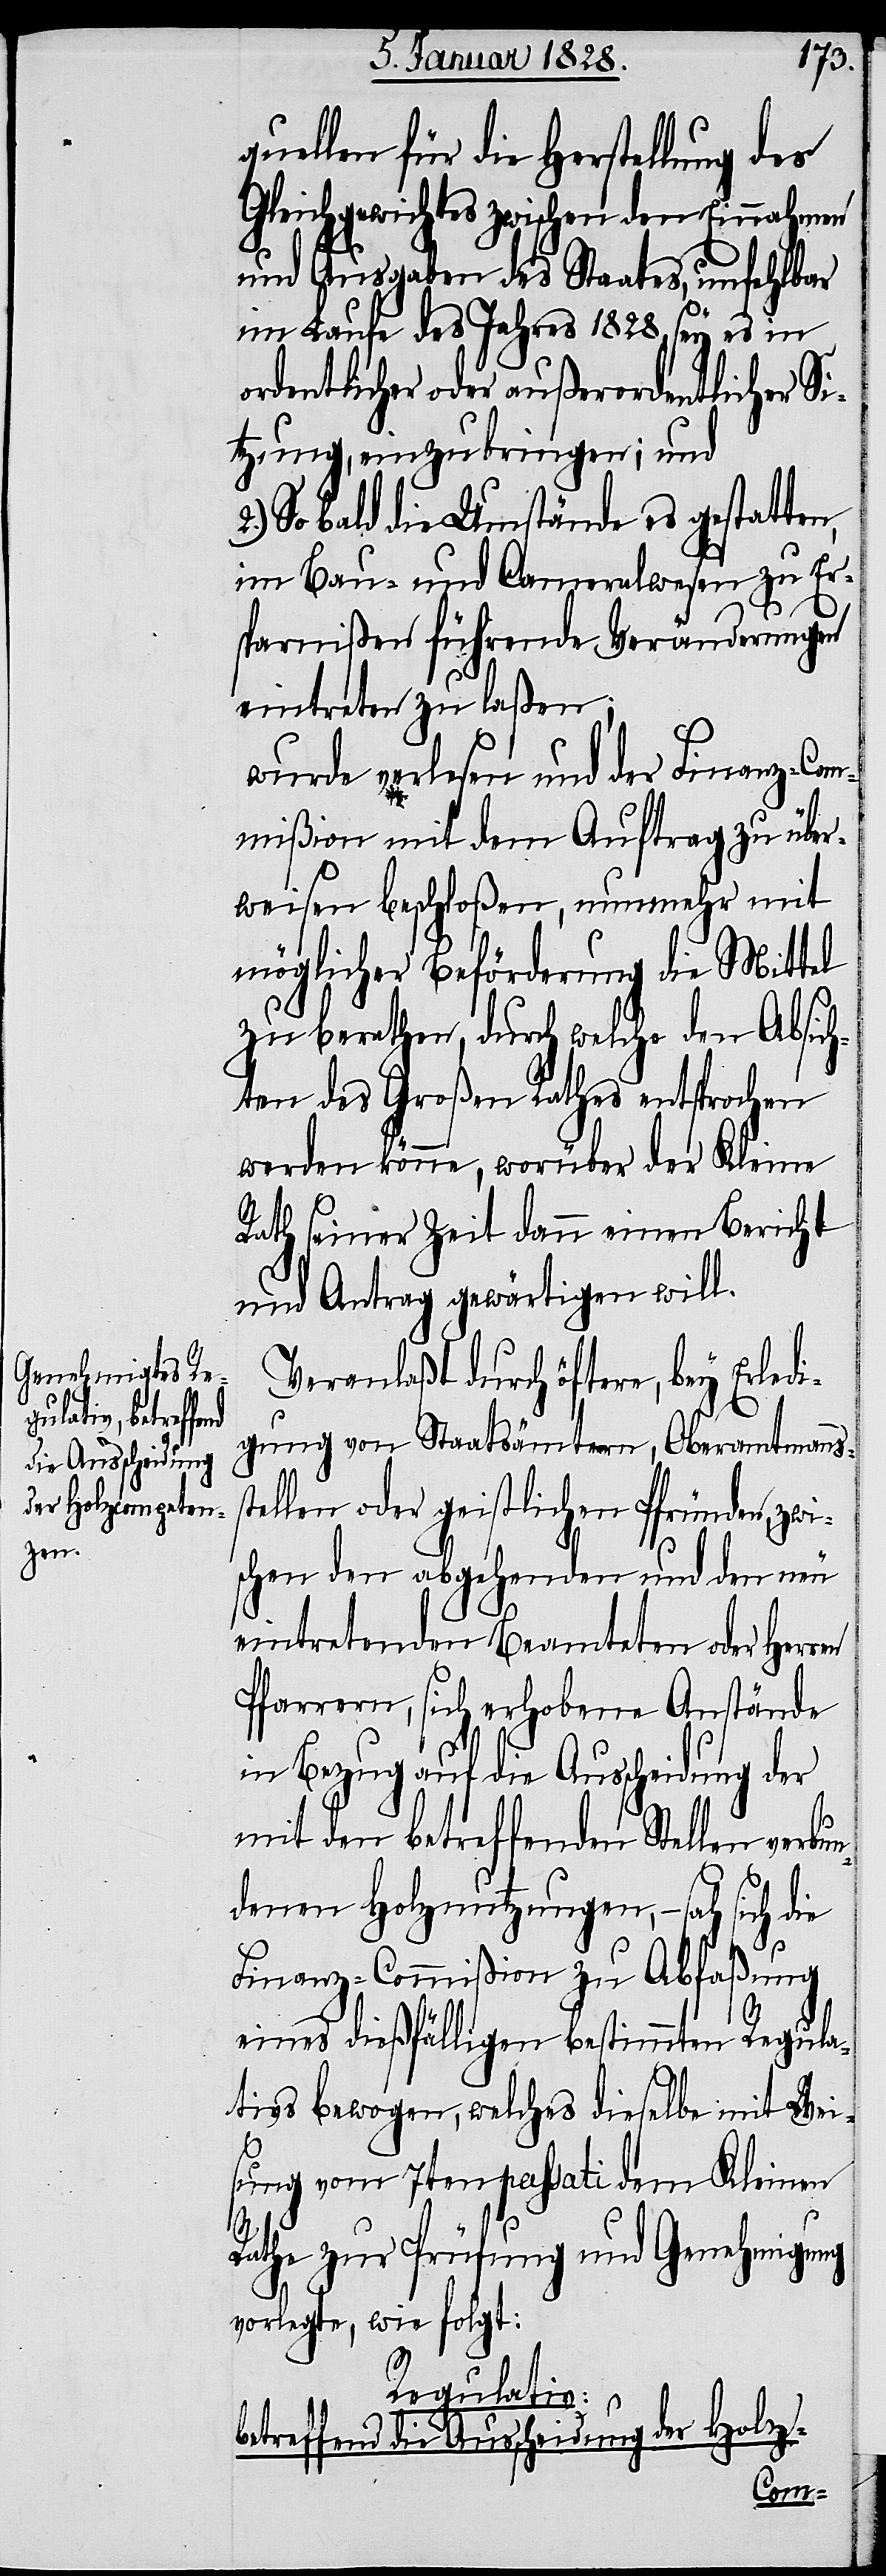
quellen für die Herstellung des
Gleichgewichtes zwischen den Einnahmen
und Ausgaben des Staates, unfehlbar
im Laufe des Jahres 1828, sey es in
ordentlicher oder außerordentlicher Si¬
tzung, einzubringen; und
2.) Sobald die Umstände es gestatten,
im Bau- und Cameralwesen zu Er¬
sparnißen führende Veränderungen
eintreten zu laßen;
wurde verlesen und der Finanz-Com¬
mißion mit dem Auftrag zu über¬
weisen beschloßen, nunmehr mit
möglicher Beförderung die Mittel
zu berathen, durch welche den Absich¬
ten des Großen Rathes entsprochen
werden könne, worüber der Kleine
Rath seiner Zeit dann einen Bericht
und Antrag gewärtigen will.
Veranlaßt durch öftere, bey Erledi¬
gung von Staatsämtern, Oberamtsmannss¬
tellen oder geistlichen Pfründen, zwi¬
schen den abgehenden und den neu
eintretenden Beamteten oder Herren
Pfarrern, sich erhobene Anstände
in Bezug auf die Ausscheidung der
mit den betreffenden Stellen verbu¬
ndenen Holznutzungen, – sah sich die
Finanz-Commißion zu Abfaßung
eines dießfälligen bestimmten Regula¬
tives bewogen, welches dieselbe mit Wei¬
sung vom 7ten passati dem Kleinen
Rathe zur Prüfung und Genehmigung
vorlegte, wie folgt:
Regulativ:
betreffend die Ausscheidung der Holz-